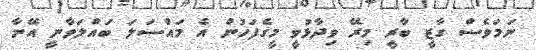
ނަމަވެސް ގާޒީ ބާރީ މިރޭ ވިދާޅުވީ މީގެފަހުން އެ މައްސަލަ ބައްލަވާނީ އޭނާ